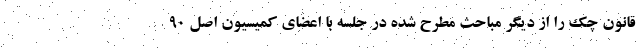
قانون چک را از دیگر مباحث مطرح شده در جلسه با اعضای کمیسیون اصل ۹۰